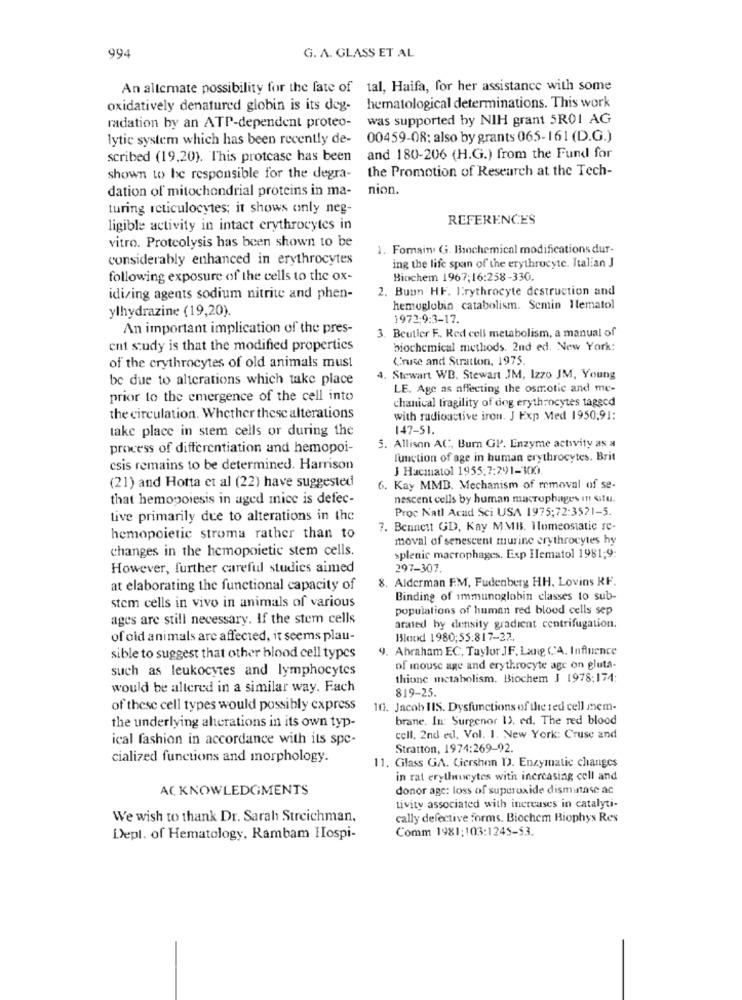
994
G. A. GLASS ET AL
An alternate possibility for the fate of tal, Haifa, for her assistance with some
oxidatively denatured globin is its deg-
hematological determinations. This work
radation by an ATP-dependent proteo-
was supported by NIH grant 5R01 AG
lytic system which has been recently de-
00459-08: also by grants 065-161 (D.G.)
scribed (19,20). This protcase has been
and 180-206 (H.G.) from the Fund for
the Promotion of Research at the Tech-
shown to be responsible for the degra-
dation of mitochondrial proteins in ma-
nion.
turing reticulocytes; it shows only neg-
REFERENCES
ligible activity in intact erythrocytes in
vitro. Proteolysis has been shown to be
1. Fomain G3. Bhochemical modifications dur-
considerably enhanced in erythrocytes
ing the life span of the erythrocyte. Italian J
following exposure of the cells to the ox-
Biochem 1967;16:258-330.
2. Buon HF. Erythrocyte destruction and
idizing agents sodium nitrite and phen-
ylhydrazine (19,20).
hemoglobin catabolismsemin Ilematol
1972-9:3-17.
An important implication of the pres-
3. Beutler F ., Red cell metabolism, a manual of
ent study is that the modified properties
biochemical methods. 2nd ed. New York:
Cruise and Stratton, 1975.
of the crythrocytes of old animals must
be due to alterations which take place
4. Stewart WB. Stewart JM, Izzo JM, Young
LE. Age as affecting the osmotic and me-
prior to the emergence of the cell into
chanical fragility of dog erythrocytes tagged
the circulation. Whether these alterations
with radioactive iron. J Exp Med 1950,91:
take place in stem cells or during the
147-51.
process of differentiation and hemopoi-
5. Allison AC", Burn GP. Enzyme activity as a
lunction of age in human erythrocytes. Brit
csis remains to be determined. Harrison
J Hacanatol 1955:7:291-300.
(21) and Hotta et al (22) have suggested
6. Kay MMB. Mechanism of removal of se-
that hemopoiesis in aged mice is defec-
nescent cells by human macrophages in situ.
Proc Natl Acad Sci USA 1975;72:3521-5.
tive primarily due to alterations in the
7. Bennett GD, Kay MMB. Homeostatic re-
hemopoietic stroma rather than to
moval of senescent murine erythrocytes hy
changes in the hemopoietic stem cells.
splenic macrophages. Exp Ilematol 1981;9:
However, further careful studies aimed
297-307.
8. Alderman F.M, Fudenberg HH, Lovins RF.
at elaborating the functional capacity of
Binding of immunoglobin classes to sub-
stem cells in vivo in animals of various
populations of human red blood cells sep
ages are still necessary. If the stem cells
arated by density gradient centrifugation.
of old animals are affected, it seems plau-
Blood 1980;55:817-27.
9. Abraham EC, Taylor JF. Lang CCA. Influence
sible to suggest that other blood cell types
such as leukocytes and lymphocytes
of mouse age and erythrocyte age on gluta-
thione metabolism. Biochem J 1978:174:
would be altered in a similar way. Fach
819-25.
of these cell types would possibly express
10. Jacob IIS. Dysfunctions of the red cell mem-
brane. In: Surgenor IJ. ed. The red blood
the underlying alterations in its own typ-
ical fashion in accordance with its spe-
cell. 2nd ed, Vol. 1. New York: Cruse and
Stratton, 1974:269-92.
cialized functions and morphology.
11. Glass GA. Giershon D. Enzymatic changes
in rat erythucytes with increasing cell and
ACKNOWLEDGMENTS
donor age: loss of superoxide dismintase ac
tivity associated with increases in catalyti-
We wish to thank Dr. Sarah Streichman,
cally defective forms. Biochem Biophys Res
Comm 1981:103:1245-53.
Dept. of Hematology, Rambam HIospi-